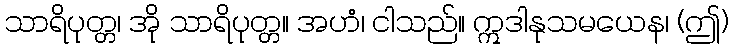
သာရိပုတ္တ၊ အို သာရိပုတ္တ။ အဟံ၊ ငါသည်။ ဣဒါနုသမယေန၊ (ဤ)